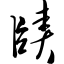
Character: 赜